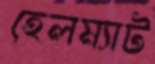
হেলম্যাট